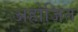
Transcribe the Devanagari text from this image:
अहोजित